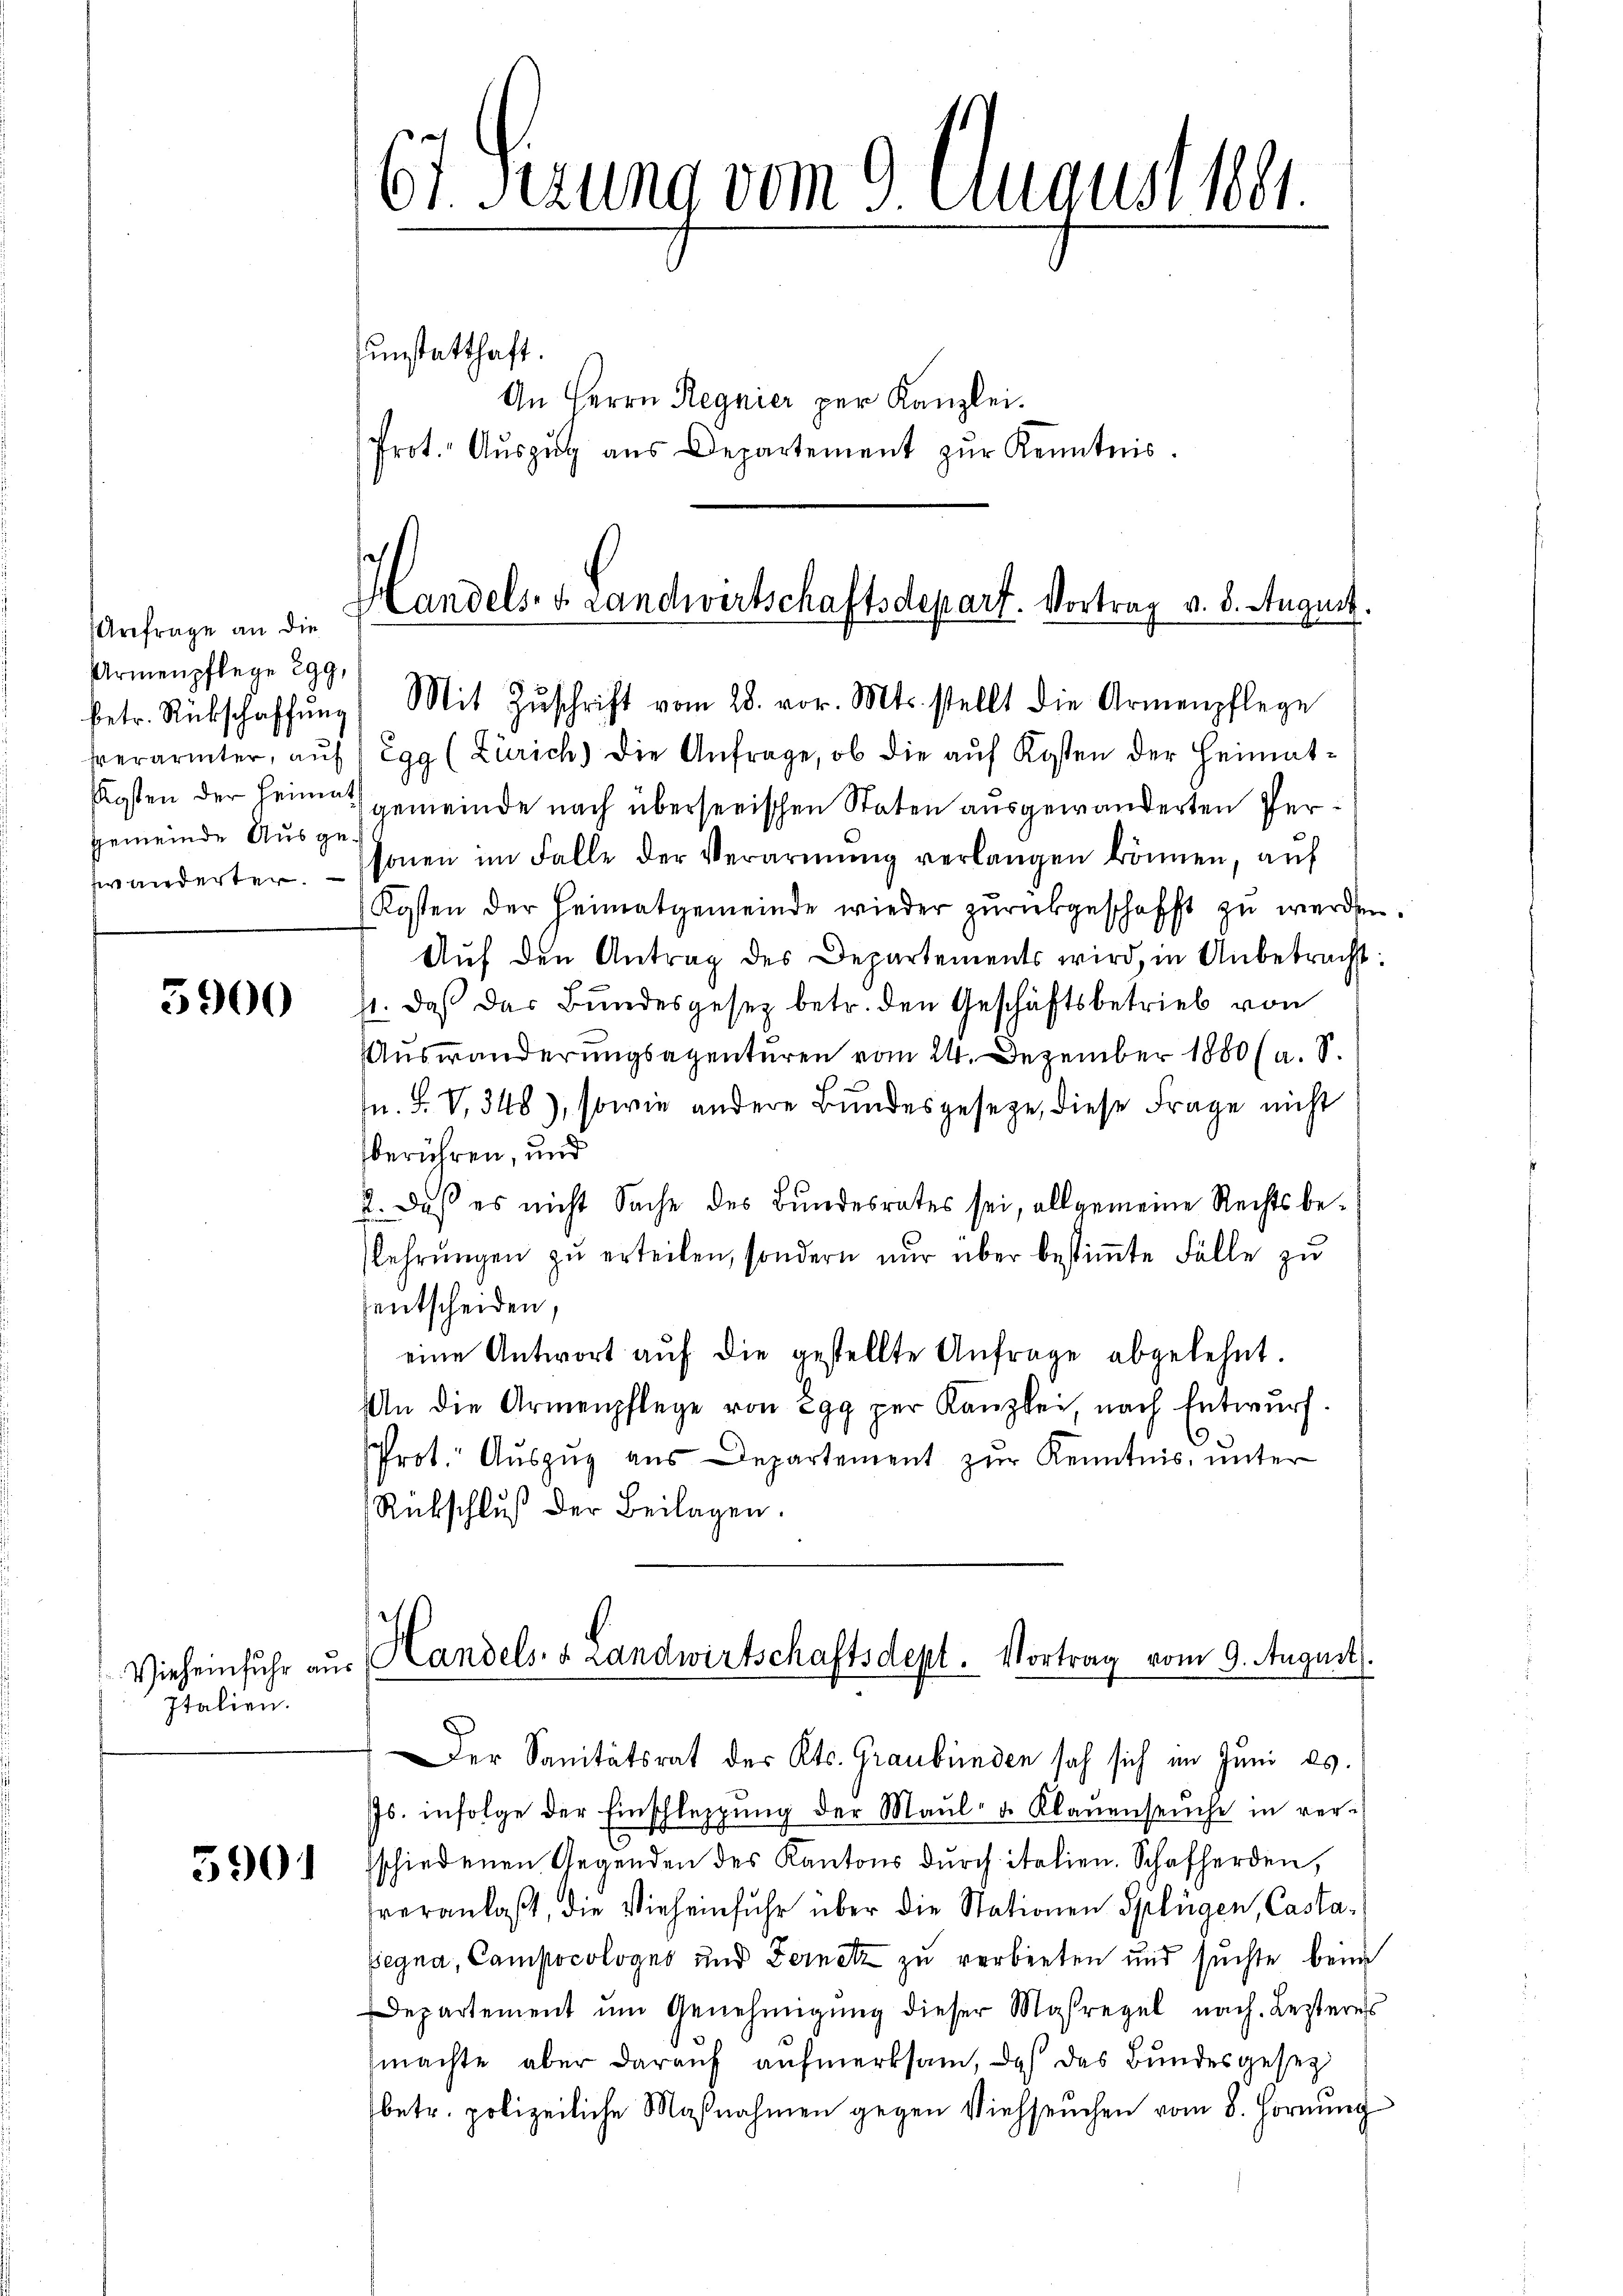
Urtfrage an die
Armenpflege 299,
betr. Rückschaffung
frerarmter, auf
sagsten der Heimat
gemeinde Ausgefwanderter.

5900

Vieheinfuhr aus
Italien.

5901

67 Perung vom 9. August 1891.

unstatthaft.
An Herrn Regnier per Kanzlei.
Prot. Aŭszŭg aŭs Departement zŭr Kenntnis.

Handels. v. Landwirtschaftsdepart. Vortrag v. 8. August

Mit Zŭschrift vom 28. vor. Mts. stellt die Armenpflege
Egg (Zürich) die Anfrage, ob die aŭf Kosten der Heimat-
gemeinde nach überseeischen Staten ausgewanderten Personen im Falle der Verarmung verlangen können, auf
Kosten der Heimatgemeinde wieder zŭrückgeschafft zŭ werden.
Auf den Antrag des Departements wird, in Anbetracht:
1. daß das Bundesgesetz betr. den Geschäftsbetrieb von
Auswanderungsagenturen vom 24. Dezember 1880 (a. S.
u. F. V. 348), sowie andere Bundesgeseze, diese Frage nicht
berühren, und
2. Daß es nicht Sache des Bundesrates sei, allgemeine Rechtsbelehrŭngen zŭ erteilen, sondern nŭr über bestiṁte Fälle zu
entscheiden,
eine Antwort aŭf die gestellte Anfrage abgelehnt.
An die Armenpflege von Egg per Kanzlei nach Entwŭrf.
Prot. Auszug aus Departement zur Kenntnis, unter
Rückschluß der Beilagen.
Handels- & Landwirtschaftsdept. Vortrag vom 9. August.
Der Sanitätsrat des Kts. Graubünden sah sich im Juni ds.
Js. infolge der Einschleppung der Maŭl- u. Klaŭenseuche in ver-
schiedenen Gegenden des Kantons durch italien. Schafherden,
veranlaßt, die Vieheinfuhr über die Stationen Splügen, Casta¬
Begna, Campocologus und Fernetz zu verbieten und suchte beim
Departement ŭm Genehmigŭng dieser Masregel nach. Lesteres
machte aber darauf aufmerksam, daß das Bundesgesez
betr. polizeiliche Maßnahmen gegen Viehseuchen vom 8. Hornung